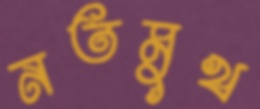
নতমুখ